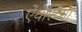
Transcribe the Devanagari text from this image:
ऐंथेस्टिमा